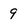
Character: 9